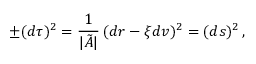
\pm ( d \tau ) ^ { 2 } = \frac { 1 } { \vert \tilde { A } \vert } \, ( d r - \xi d v ) ^ { 2 } = ( d s ) ^ { 2 } \, ,